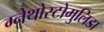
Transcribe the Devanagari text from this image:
ग्नेथोस्टोमुलिडा